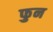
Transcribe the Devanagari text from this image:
फुन